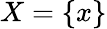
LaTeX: X=\{ x\}